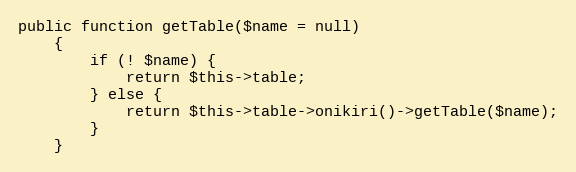
Language: PHP
public function getTable($name = null)
    {
        if (! $name) {
            return $this->table;
        } else {
            return $this->table->onikiri()->getTable($name);
        }
    }